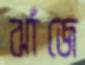
ঝাঁজে